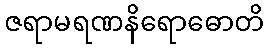
ဇရာမရဏနိရောဓောတိ